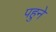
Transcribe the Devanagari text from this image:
पहुने